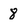
Character: 8